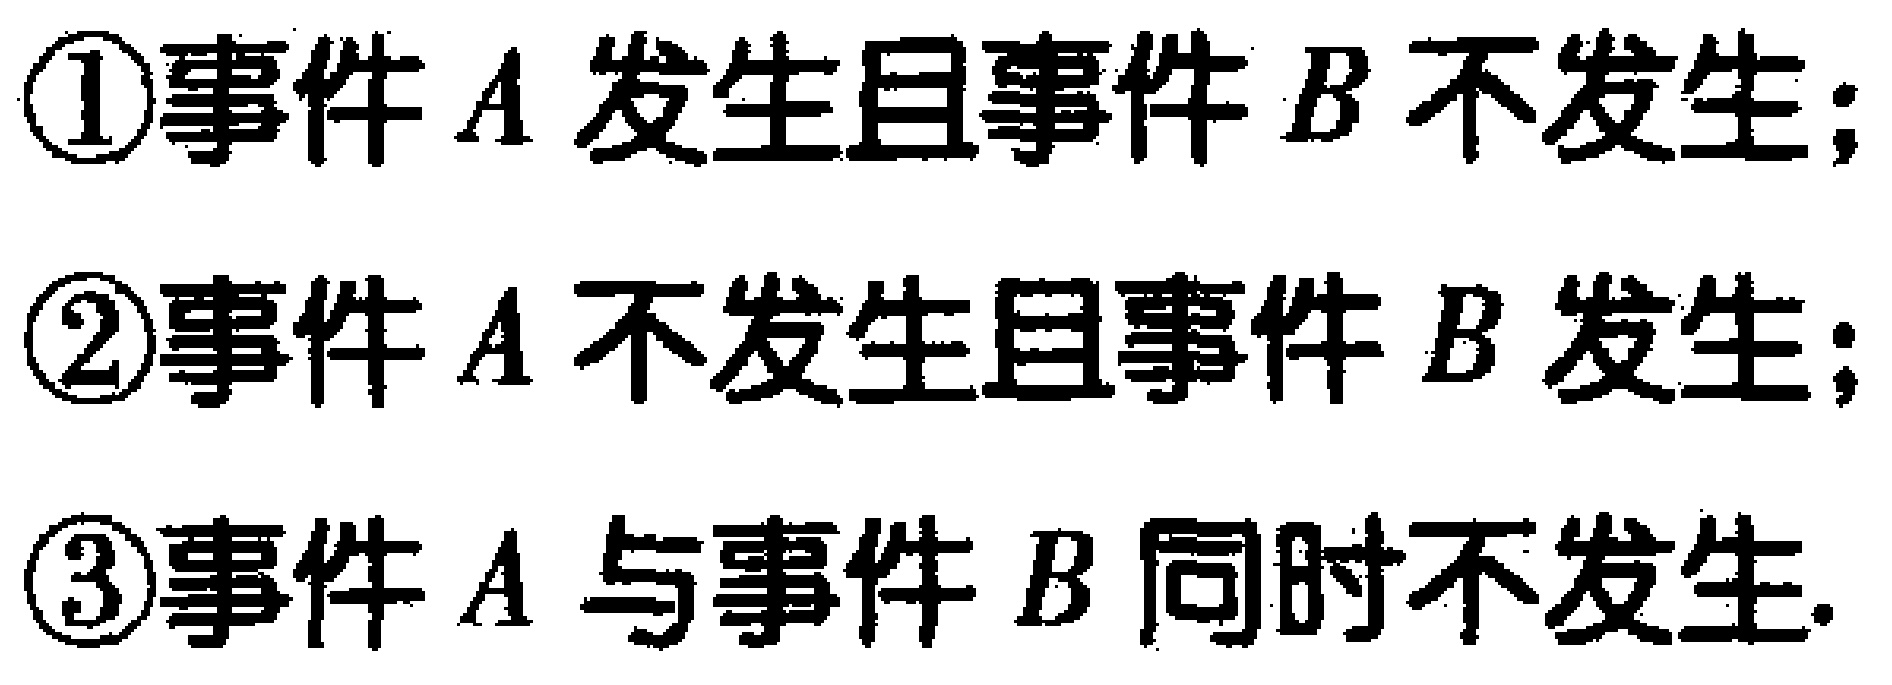
\textcircled{1}事件 \(A\) 发生且事件 \(B\) 不发生;

\textcircled{2}事件 \(A\) 不发生且事件 \(B\) 发生;

\textcircled{3}事件 \(A\) 与事件 \(B\) 同时不发生.